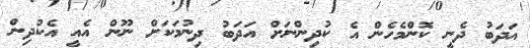
އަދަބު ދެނީ ކޮންމެހެން އެ ކުދިންނަށް އަދަބު ދިނުމަކަށް ނޫން އެއީ އެކުދިން